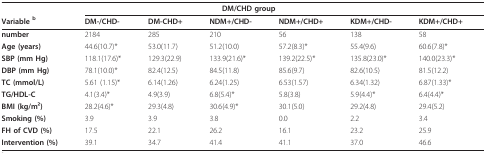
<table><thead><tr><td></td><td colspan="5"><b>DM/CHD group</b></td><td></td></tr><tr><td><b>Variable <sup>b</sup></b></td><td><b>DM-/CHD-</b></td><td><b>DM-CHD+</b></td><td><b>NDM+/CHD-</b></td><td><b>NDM+/CHD+</b></td><td><b>KDM+/CHD-</b></td><td><b>KDM+/CHD+</b></td></tr></thead><tbody><tr><td><b>number</b></td><td>2184</td><td>285</td><td>210</td><td>56</td><td>138</td><td>58</td></tr><tr><td><b>Age (years)</b></td><td>44.6(10.7)*</td><td>53.0(11.7)</td><td>51.2(10.0)</td><td>57.2(8.3)*</td><td>55.4(9.6)</td><td>60.6(7.8)*</td></tr><tr><td><b>SBP (mm Hg)</b></td><td>118.1(17.6)*</td><td>129.3(22.9)</td><td>133.9(21.6)*</td><td>139.2(22.5)*</td><td>135.8(23.0)*</td><td>140.0(23.3)*</td></tr><tr><td><b>DBP (mm Hg)</b></td><td>78.1(10.0)*</td><td>82.4(12.5)</td><td>84.5(11.8)</td><td>85.6(9.7)</td><td>82.6(10.5)</td><td>81.5(12.2)</td></tr><tr><td><b>TC (mmol/L)</b></td><td>5.61 (1.15)*</td><td>6.14(1.26)</td><td>6.24(1.25)</td><td>6.53(1.57)</td><td>6.34(1.32)</td><td>6.87(1.33)*</td></tr><tr><td><b>TG/HDL-C</b></td><td>4.1(3.4)*</td><td>4.9(3.9)</td><td>6.8(5.4)*</td><td>5.8(3.8)</td><td>5.9(4.4)*</td><td>6.4(4.4)*</td></tr><tr><td><b>BMI (kg/m2)</b></td><td>28.2(4.6)*</td><td>29.3(4.8)</td><td>30.6(4.9)*</td><td>30.1(5.0)</td><td>29.2(4.8)</td><td>29.4(5.2)</td></tr><tr><td><b>Smoking (%)</b></td><td>3.9</td><td>3.9</td><td>3.8</td><td>0.0</td><td>2.2</td><td>3.4</td></tr><tr><td><b>FH of CVD (%)</b></td><td>17.5</td><td>22.1</td><td>26.2</td><td>16.1</td><td>23.2</td><td>25.9</td></tr><tr><td><b>Intervention (%)</b></td><td>39.1</td><td>34.7</td><td>41.4</td><td>41.1</td><td>37.0</td><td>46.6</td></tr></tbody></table>